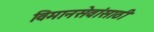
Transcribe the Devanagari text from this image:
विमानसेवांसाठी